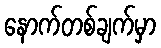
နောက်တစ်ချက်မှာ